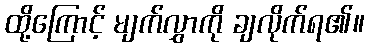
ထို့ကြောင့် မျက်လွှာကို ချလိုက်ရ၏။